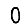
Digit: 0